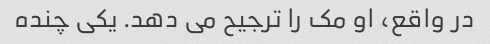
در واقع، او مک را ترجیح می دهد. یکی چنده